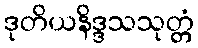
ဒုတိယနိဒ္ဒသသုတ္တံ